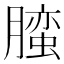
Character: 𰯛